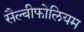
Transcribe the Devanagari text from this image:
सैल्बीफोलियम